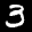
Label: 3